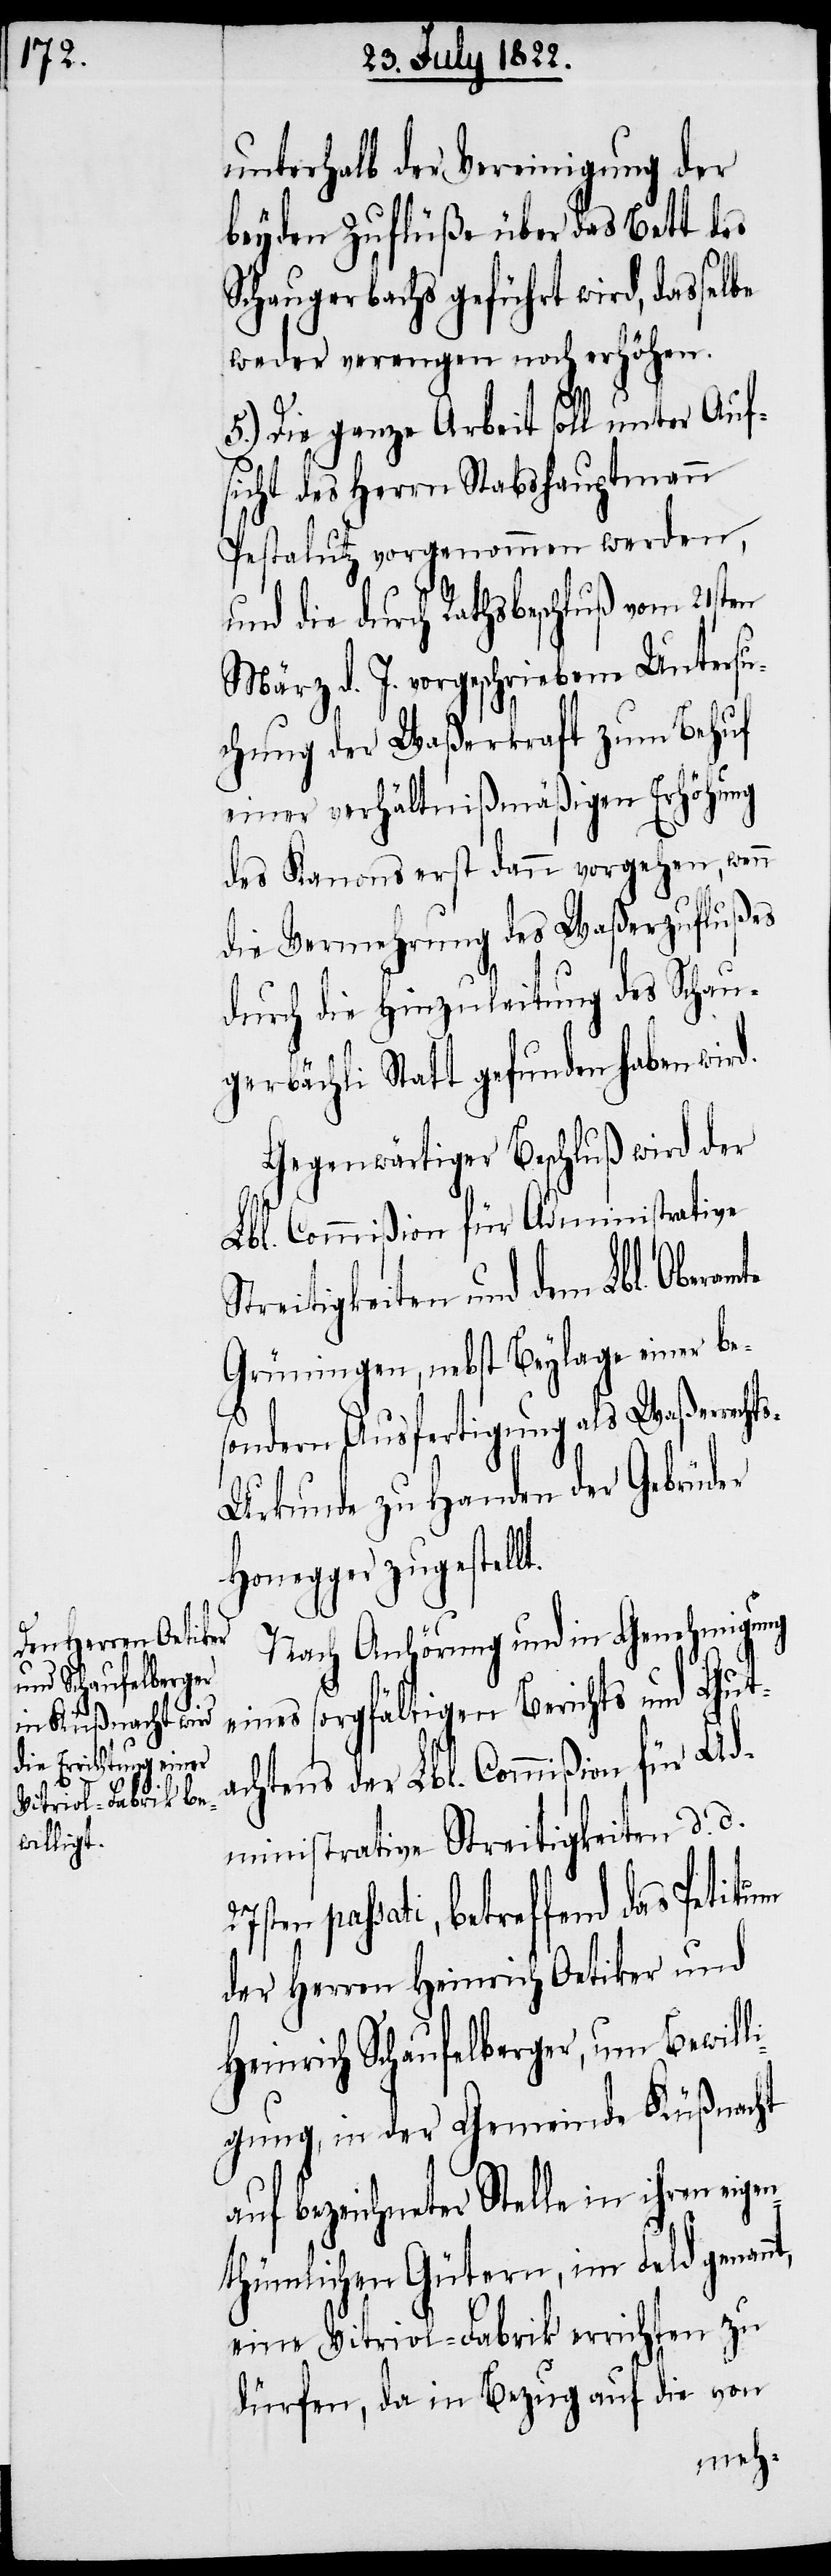
t.

unterhalb der Vereinigung der
beyden Zuflüße über das Bett des
Schaugerbachs geführt wird, dasselbe
weder verengen noch erhöhen.
5.) Die ganze Arbeit soll unter Auf¬
sicht des Herrn Stabshauptmann
Pestalutz vorgenommen werden,
die durch Rathsbeschluß vom 21sten
März d. J. vorgeschriebene Untersu¬
chung der Waßerkraft zum Behuf
einer verhältnißmäßigen Erhöhung
des Kanons erst dann vorgehen, wenn
die Vermehrung des Waßerzuflußes
durch die Hinzuleitung des Schau¬
gerbächli Statt gefunden haben wird.
Gegenwärtiger Beschluß wird der
Lbl. Commißion für Administrative
Streitigkeiten und dem Lbl. Oberam¬
Grüningen, nebst Beylage einer be¬
sondern Ausfertigung als Waßerrecht¬
s-Urkunde zu Handen der Gebrüder
Honegger zugestell¬
Nach Anhörung und in Genehmigung
eines sorgfältigen Berichts und Gut¬
achtens der Lbl. Commißion für Ad¬
ministrative Streitigkeiten d. d.
passati, betreffend das Petitum
der Herren Heinrich Oetiker und
Heinrich Schaufelberger, um Bewill¬
igung, in der Gemeinde Küßnacht
auf bezeichneter Stelle in ihren eigen¬
thümlichen Gütern, im Feld genan¬
eine Vitriol-Fabrik errichten zu
dürfen, da in Bezug auf die von
nt,